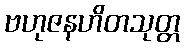
ဗဟုဇနဟိတသုတ္တ